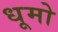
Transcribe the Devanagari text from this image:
धूमो